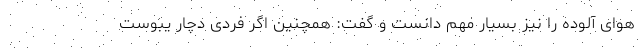
هوای آلوده را نیز بسیار مهم دانست و گفت: همچنین اگر فردی دچار یبوست